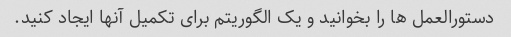
دستورالعمل ها را بخوانید و یک الگوریتم برای تکمیل آنها ایجاد کنید.